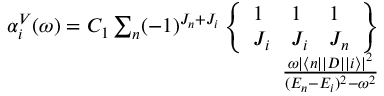
\begin{array} { r } { \alpha _ { i } ^ { V } ( \omega ) = C _ { 1 } \sum _ { n } ( - 1 ) ^ { J _ { n } + J _ { i } } \left\{ \begin{array} { l l l } { 1 } & { 1 } & { 1 } \\ { J _ { i } } & { J _ { i } } & { J _ { n } } \end{array} \right\} } \\ { \frac { \omega | \langle n | | D | | i \rangle | ^ { 2 } } { ( E _ { n } - E _ { i } ) ^ { 2 } - \omega ^ { 2 } } } \end{array}